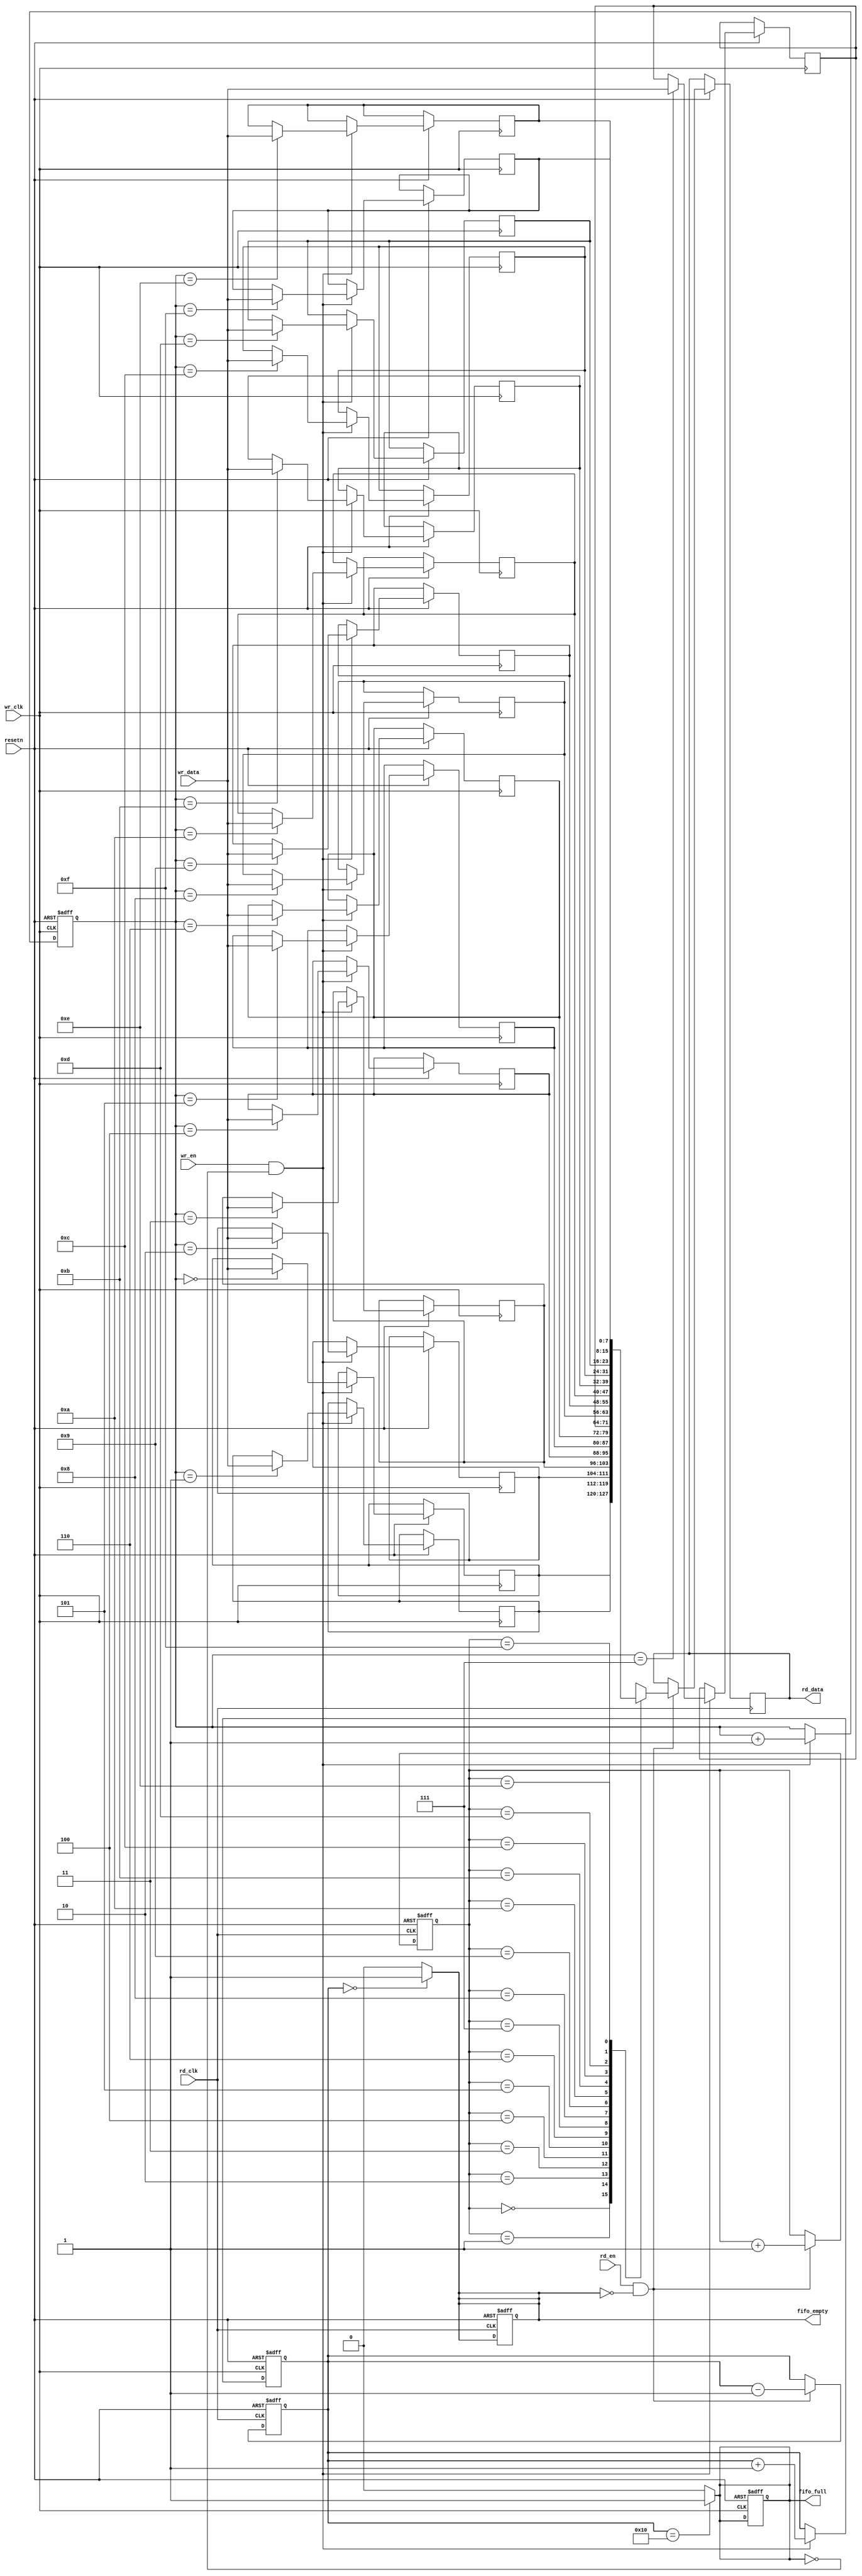
module fifo_sram #(
    parameter DATA_WIDTH = 8,  // Data width (8, 16, 32, etc.)
    parameter DEPTH = 16        // Depth of the FIFO
)(
    input                   wr_clk,         // Write clock
    input                   rd_clk,         // Read clock
    input                   resetn,        // Active low reset
    input                   wr_en,         // Write enable
    input                   rd_en,         // Read enable
    input  [DATA_WIDTH-1:0] wr_data,       // Data to write
    output reg [DATA_WIDTH-1:0] rd_data,    // Data to read
    output reg              fifo_full,      // FIFO full flag
    output reg              fifo_empty       // FIFO empty flag
);

// Memory array declaration
reg [DATA_WIDTH-1:0] fifo_mem [0:DEPTH-1];

// Write and read pointers
reg [clog2(DEPTH)-1:0] wr_ptr;
reg [clog2(DEPTH)-1:0] rd_ptr;
reg [clog2(DEPTH):0]     count;  // Counter to track number of items in FIFO

// Function to calculate log2
function integer clog2(input integer value);
    begin
        value = value - 1;
        for (clog2 = 0; value > 0; clog2 = clog2 + 1)
            value = value >> 1;
    end
endfunction

// Asynchronous Reset
always @(posedge wr_clk or negedge resetn) begin
    if (!resetn) begin
        wr_ptr <= 0;
        count <= 0;
        fifo_full <= 1'b0;
    end else if (wr_en && !fifo_full) begin
        fifo_mem[wr_ptr] <= wr_data;
        wr_ptr <= wr_ptr + 1;
        count <= count + 1;
    end
end

// Update Full flag
always @(*) begin
    if (count == DEPTH) begin
        fifo_full = 1'b1;
    end else begin
        fifo_full = 1'b0;
    end
end

// Asynchronous Reset
always @(posedge rd_clk or negedge resetn) begin
    if (!resetn) begin
        rd_ptr <= 0;
        count <= 0;
        fifo_empty <= 1'b1;
    end else if (rd_en && !fifo_empty) begin
        rd_data <= fifo_mem[rd_ptr];
        rd_ptr <= rd_ptr + 1;
        count <= count - 1;
    end
end

// Update Empty flag
always @(*) begin
    if (count == 0) begin
        fifo_empty = 1'b1;
    end else begin
        fifo_empty = 1'b0;
    end
end

endmodule